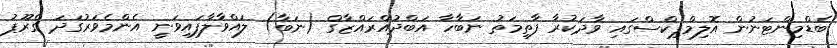
ބެޑްމިންޓަނުން އޮލިމްޕިކްސްގައި ވާދަކުރާ ފާތިމަތު ނަބާހާ އަބްދުއްރައްޒާގް (ނަބާ) ލައްވާލާފައިވަނީ އެންމެވަރުގަދަ ގްރޫޕު